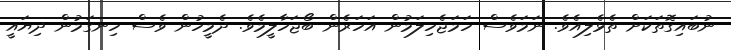
ނުބައިގޮތަކަށް ތެޅެލިއެވެ. ނަމަވެސް ހަމަޖެހިލަމުން އަހަރެން ބޯޖަހާލީމެވެ. ދެމީހުން ވެސް ހިނގަމުން ދިޔައީ